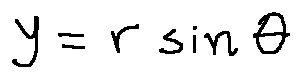
y = r \sin \theta